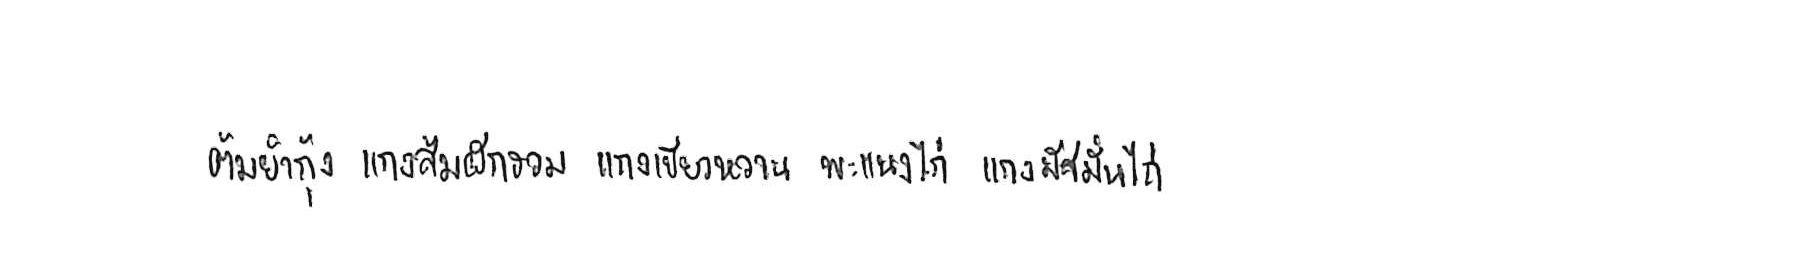
ต้มยำกุ้ง แกงส้มผักรวม แกงเขียวหวาน พะแนงไก่ แกงมัสมั่นไก่